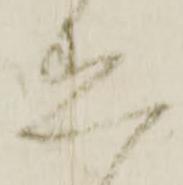
着